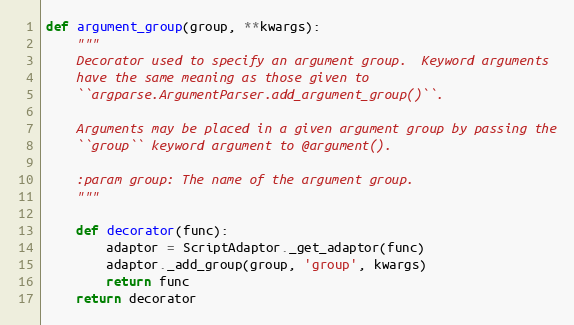
Language: Python
def argument_group(group, **kwargs):
    """
    Decorator used to specify an argument group.  Keyword arguments
    have the same meaning as those given to
    ``argparse.ArgumentParser.add_argument_group()``.

    Arguments may be placed in a given argument group by passing the
    ``group`` keyword argument to @argument().

    :param group: The name of the argument group.
    """

    def decorator(func):
        adaptor = ScriptAdaptor._get_adaptor(func)
        adaptor._add_group(group, 'group', kwargs)
        return func
    return decorator